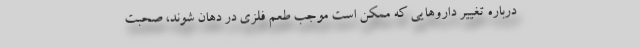
درباره تغییر داروهایی که ممکن است موجب طعم فلزی در دهان شوند، صحبت